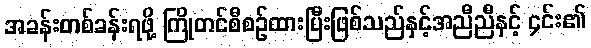
အခန်းတစ်ခန်းရဖို့ ကြိုတင်စီစဉ်ထားပြီးဖြစ်သည်နှင့်အညီညီနှင့် ၄င်း၏